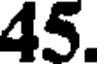
45.